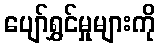
ပျော်ရွှင်မှုများကို